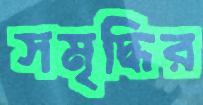
সমৃদ্ধির